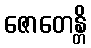
ဇောတေန္တိ